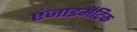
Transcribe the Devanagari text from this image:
एंजाइमैटिक